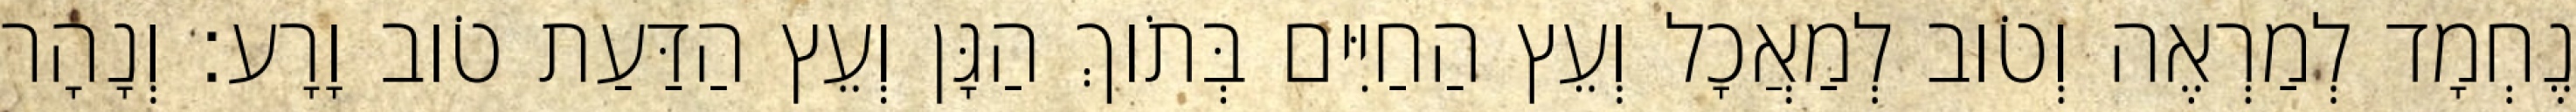
נֶחְמָד לְמַרְאֶה וְטֹוב לְמַאֲכָל וְעֵץ הַחַיִּים בְּתֹוךְ הַגָּן וְעֵץ הַדַּעַת טֹוב וָרָע׃ וְנָהָר